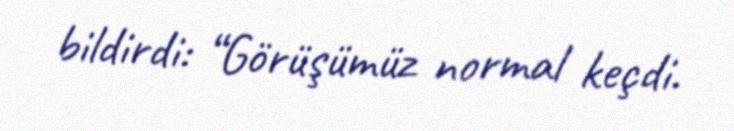
bildirdi: “Görüşümüz normal keçdi.